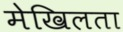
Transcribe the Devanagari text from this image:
मेखिलता